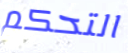
التحكم